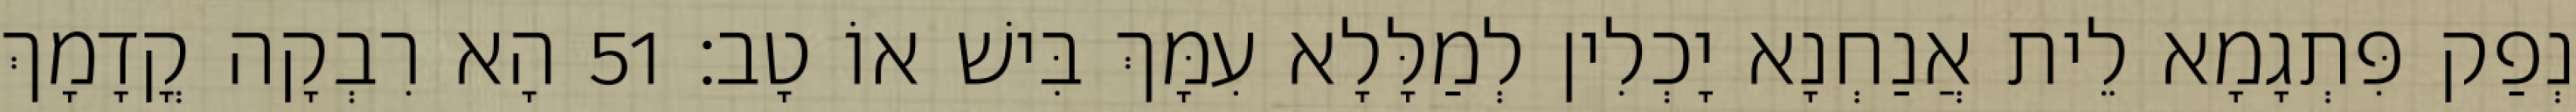
נְפַק פִּתְגָמָא לֵית אֲנַחְנָא יָכְלִין לְמַלָּלָא עִמָּךְ בִּישׁ אוֹ טָב׃ 51 הָא רִבְקָה קֳדָמָךְ